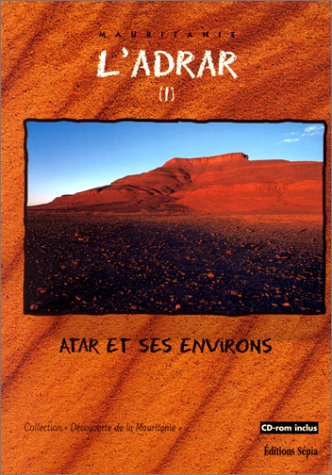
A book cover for L'Adrar: Mauritanie (Collection "Decouverte de la Mauritanie") (French Edition); Abdallahi Fall; Travel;